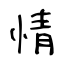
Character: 情